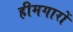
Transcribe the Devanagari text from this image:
हीमगारों